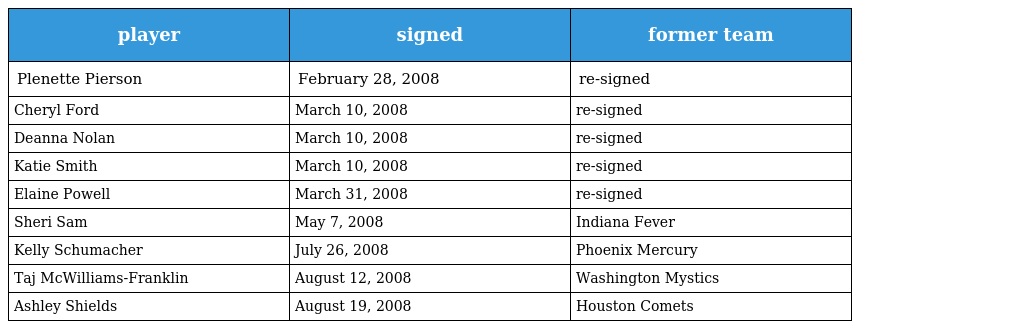
| player | signed | former team |
 | --- | --- | --- |
 | Plenette Pierson | February 28, 2008 | re-signed |
 | Cheryl Ford | March 10, 2008 | re-signed |
 | Deanna Nolan | March 10, 2008 | re-signed |
 | Katie Smith | March 10, 2008 | re-signed |
 | Elaine Powell | March 31, 2008 | re-signed |
 | Sheri Sam | May 7, 2008 | Indiana Fever |
 | Kelly Schumacher | July 26, 2008 | Phoenix Mercury |
 | Taj McWilliams-Franklin | August 12, 2008 | Washington Mystics |
 | Ashley Shields | August 19, 2008 | Houston Comets |